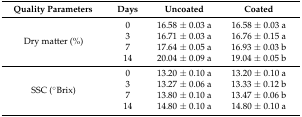
<table><thead><tr><td><b>Quality Parameters</b></td><td><b>Days</b></td><td><b>Uncoated</b></td><td><b>Coated</b></td></tr></thead><tbody><tr><td rowspan="4">Dry matter (%)</td><td>0</td><td>16.58 ± 0.03 a</td><td>16.58 ± 0.03 a</td></tr><tr><td>3</td><td>16.71 ± 0.03 a</td><td>16.76 ± 0.15 a</td></tr><tr><td>7</td><td>17.64 ± 0.05 a</td><td>16.93 ± 0.03 b</td></tr><tr><td>14</td><td>20.04 ± 0.09 a</td><td>19.04 ± 0.05 b</td></tr><tr><td rowspan="4">SSC (°Brix)</td><td>0</td><td>13.20 ± 0.10 a</td><td>13.20 ± 0.10 a</td></tr><tr><td>3</td><td>13.27 ± 0.06 a</td><td>13.33 ± 0.12 b</td></tr><tr><td>7</td><td>13.80 ± 0.10 a</td><td>13.47 ± 0.06 b</td></tr><tr><td>14</td><td>14.80 ± 0.10 a</td><td>14.80 ± 0.10 a</td></tr></tbody></table>